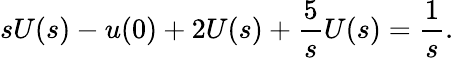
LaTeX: sU(s)-u(0)+2U(s)+{\frac{5}{s}}U(s)={\frac{1}{s}}.